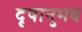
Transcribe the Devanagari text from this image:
दृषानुभव